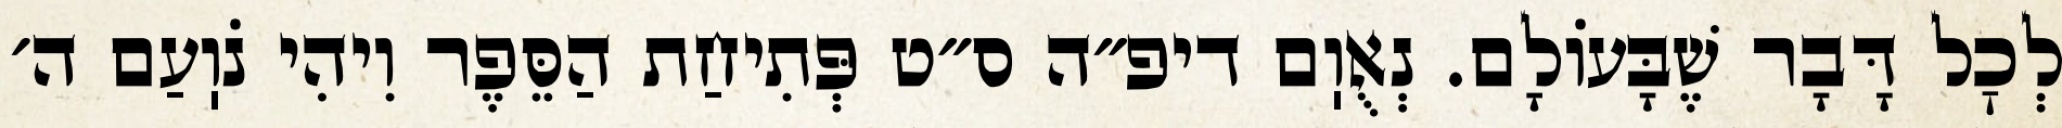
לְכׇל דָּבָר שֶׁבָּעוֹלָם. נְאֻוֽם דיפ״ה ס״ט פְּתִיחַת הַסֵּפֶר וִיהִי נֹוֽעַם ה׳